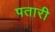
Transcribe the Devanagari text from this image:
पतारी